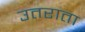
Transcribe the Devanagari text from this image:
उतराता